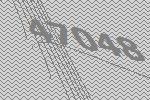
47048